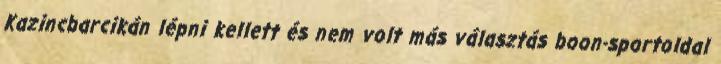
Kazincbarcikán lépni kellett és nem volt más választás boon-sportoldal